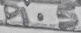
Text: P1.5